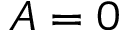
A = 0